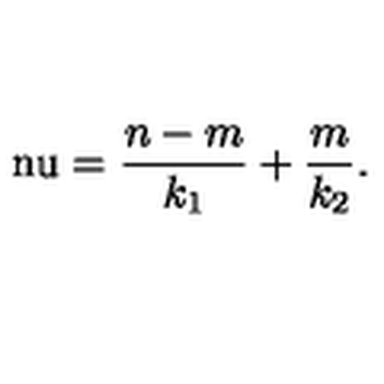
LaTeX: \mathrm { \ n u } = \frac { n - m } { k _ { 1 } } + \frac { m } { k _ { 2 } } .